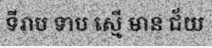
ទីរាប ទាប ស្មើ មាន ជ័យ